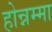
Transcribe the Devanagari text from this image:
होन्नम्मा